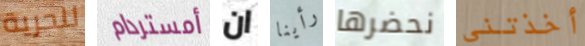
للحرية أمستردام ان رأينا نحضرها أخذتني